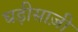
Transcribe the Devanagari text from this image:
घड़ीसाज़ी